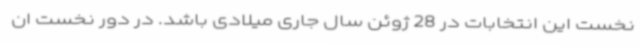
نخست این انتخابات در 28 ژوئن سال جاری میلادی باشد. در دور نخست ان